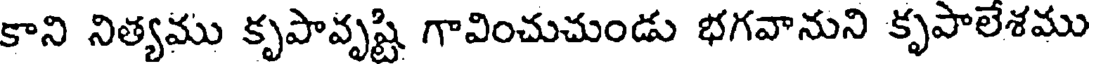
కాని నిత్యము కృపావృష్టి గావించుచుండు భగవానుని కృపాలేశము